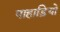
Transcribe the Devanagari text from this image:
पाहाड़ियो